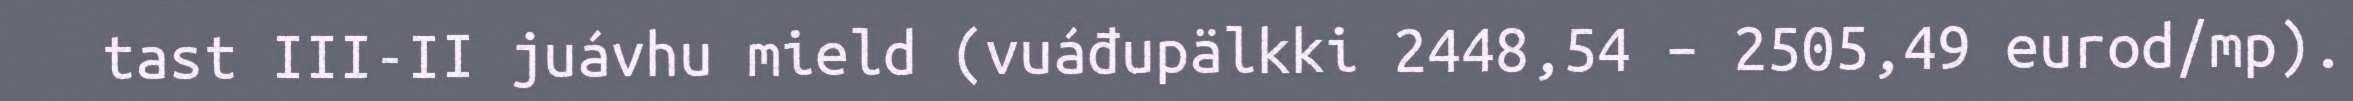
tast III-II juávhu mield (vuáđupälkki 2448,54 – 2505,49 eurod/mp).